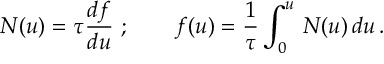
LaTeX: N ( u ) = \tau { \frac { d f } { d u } } \ ; \qquad f ( u ) = { \frac { 1 } { \tau } } \int _ { 0 } ^ { u } \, N ( u ) \, d u \, .